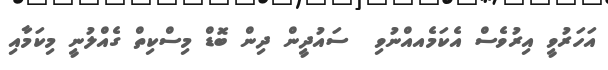
އަހަރުވީ އިރުވެސް އެކަމެއއްނުވި  ސައުދީން ދިން ބޮޑް މިސްކިތް ގެއްލުނީ މިކަމާއި